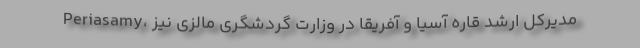
Periasamy، مدیرکل ارشد قاره آسیا و آفریقا در وزارت گردشگری مالزی نیز